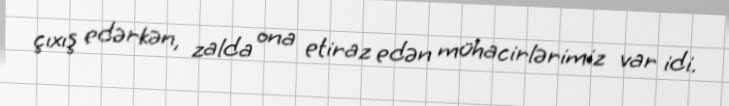
çıxış edərkən, zalda ona etiraz edən mühacirlərimiz var idi.